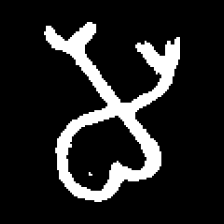
Pyu character \u2014 Myanmar letter: မ (romanized: ma)